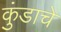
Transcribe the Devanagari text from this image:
कुंडाचे